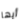
أيها